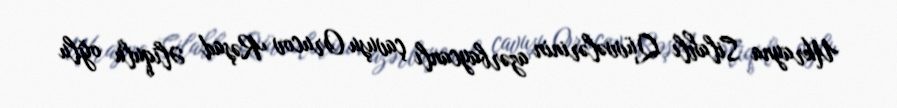
Ukrayna Silahlı Qüvvələrinin azərbaycanlı çavuşu Orucov Rəşad Əliqulu oğlu